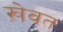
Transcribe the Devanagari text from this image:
ख़ेवत